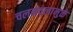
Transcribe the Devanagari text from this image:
चलनवलामुळे